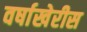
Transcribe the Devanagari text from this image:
वर्षाखेरीस